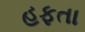
હફતા